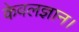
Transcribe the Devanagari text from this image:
केवलज्ञान।